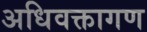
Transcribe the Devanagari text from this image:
अधिवक्तागण